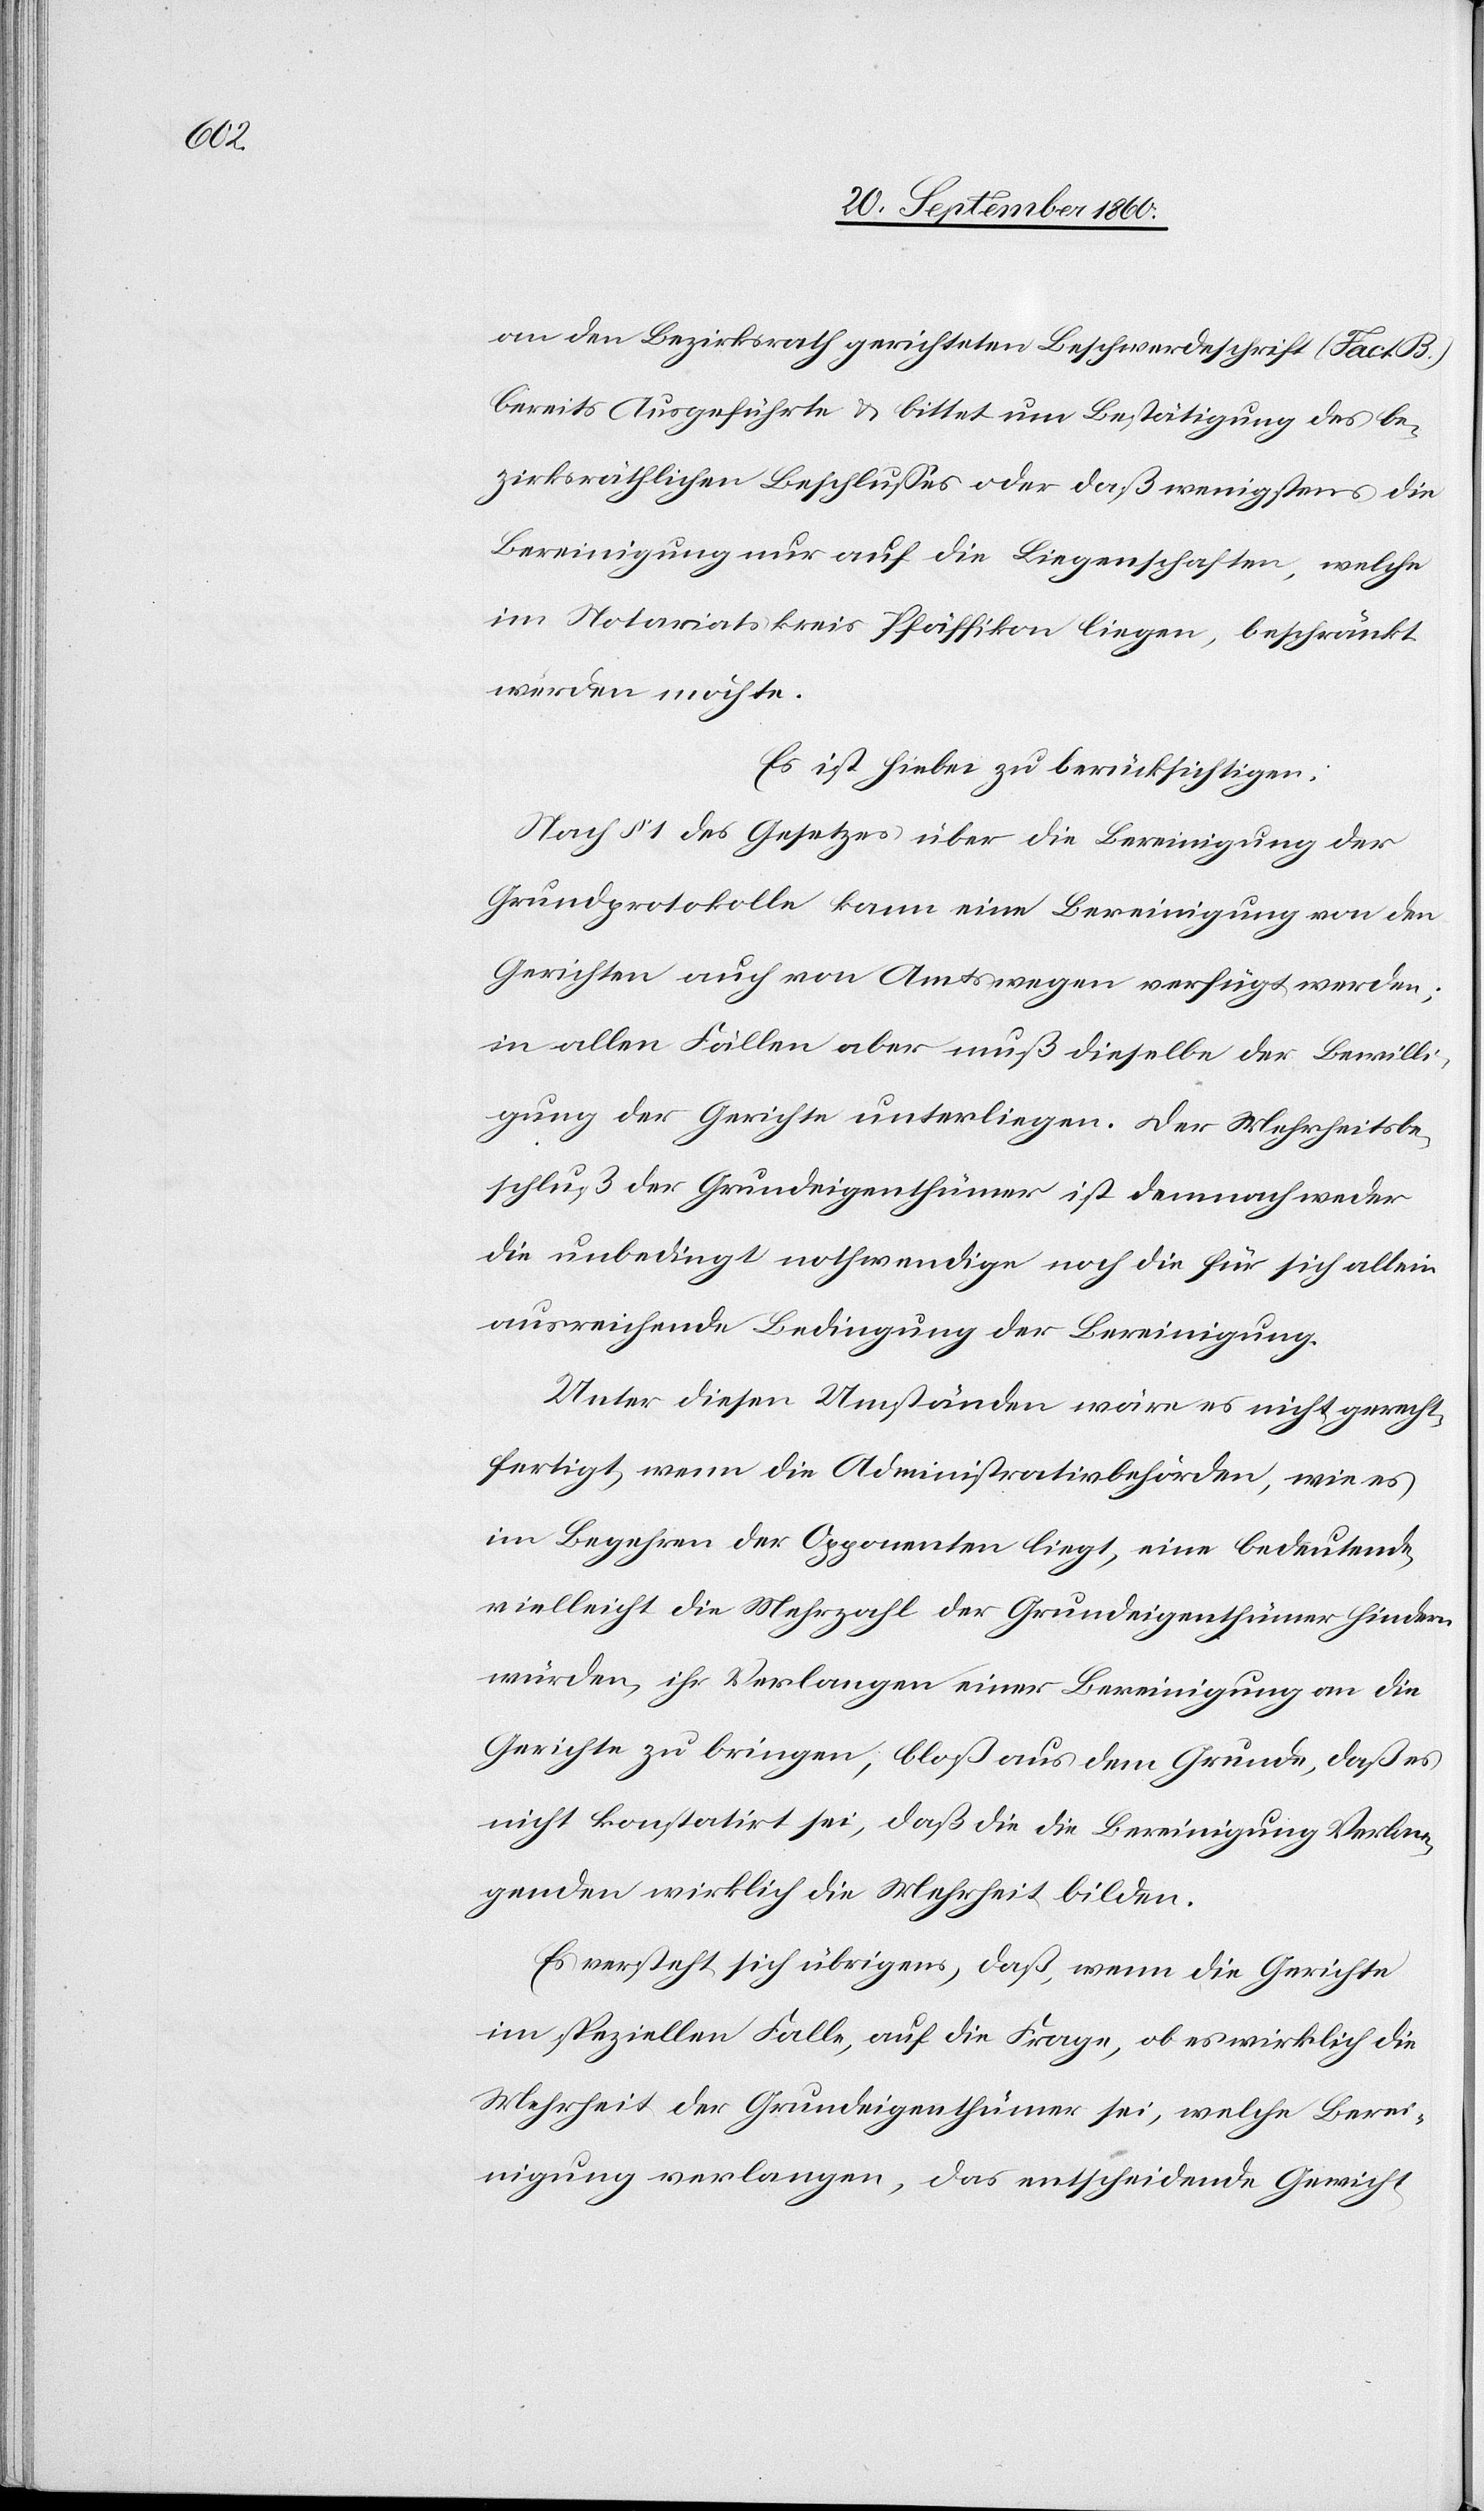
an den Bezirksrath gerichteten Beschwerdeschrift (Fact.
bereits ausgeführt u. bittet um Bestätigung des be¬
zirksräthlichen Beschlusses oder daß wenigstens die
Bereinigung nur auf die Liegenschaften, welche
im Notariatskreis Pfäffikon liegen, beschränkt
werden möchte.
Es ist hiebei zu berücksichtigen.
Nach § 1 des Gesetzes über die Bereinigung der
Grundprotokolle kann eine Bereinigung von den
Gerichten auch von Amtswegen verfügt werden;
in allen Fällen aber muß dieselbe der Bewilli¬
gung der Gerichte unterliegen. Der Mehrheitsbe¬
schluß der Grundeigenthümer ist demnach weder
die unbedingt nothwendige noch die für sich allein
ausreichende Bedingung der Bereinigung.
Unter diesen Umständen wäre es nicht gerecht¬
fertigt, wenn die Administrativbehörde, wie es
im Begehren der Opponenten liegt, eine bedeutende,
vielleicht die Mehrzahl der Grundeigenthümer hindern
würden, ihr Verlangen einer Bereinigung an die
Gerichte zu bringen, bloß aus dem Grunde, daß es
nicht konstatirt sei, daß die die Bereinigung Verlan¬
genden wirklich die Mehrheit bilden.
Es versteht sich übrigens, daß, wenn die Gerichte
im speziellen Falle, auf die Frage, ob es wirklich die
Mehrheit der Grundeigenthümer sei, welche Berei¬
nigung verlangen, das entscheidende Gewicht